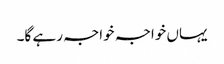
یہاں خواجہ خواجہ رہے گا۔